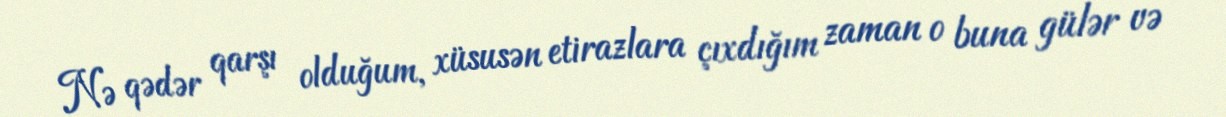
Nə qədər qarşı olduğum, xüsusən etirazlara çıxdığım zaman o buna gülər və